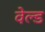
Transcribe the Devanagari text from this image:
वेल्‍ड